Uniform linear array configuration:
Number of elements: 24
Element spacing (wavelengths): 0.25
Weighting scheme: hamming
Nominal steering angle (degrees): -45
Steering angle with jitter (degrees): -46.109
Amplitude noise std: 0.05
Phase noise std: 0.05

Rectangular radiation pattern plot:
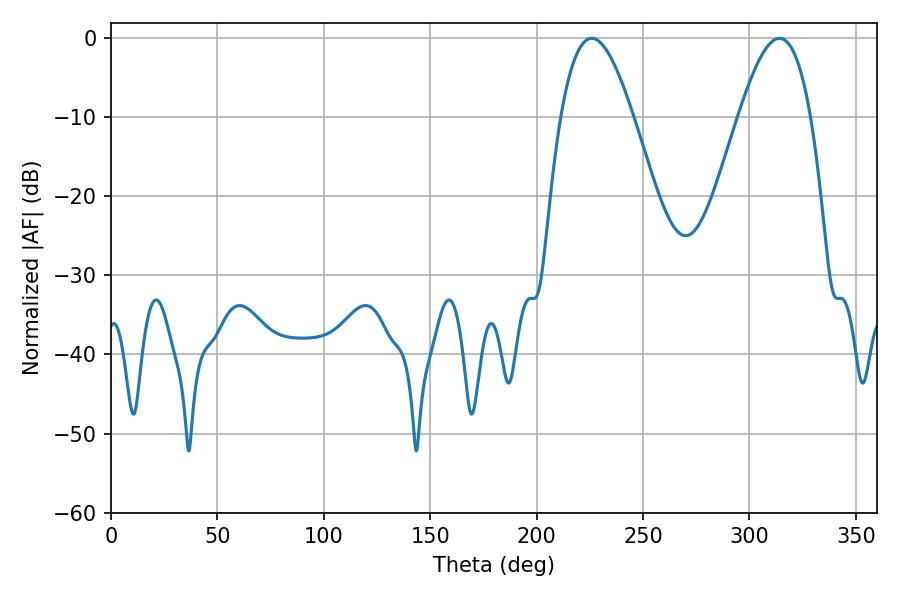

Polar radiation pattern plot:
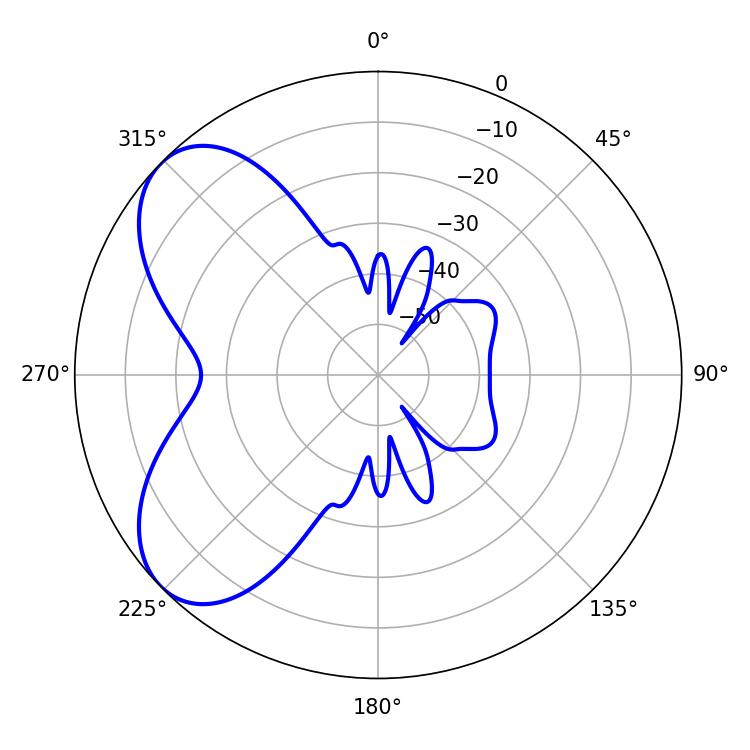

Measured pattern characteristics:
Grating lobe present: FALSE
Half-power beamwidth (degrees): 18.36
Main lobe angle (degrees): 225.9